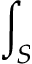
\int _ { S }